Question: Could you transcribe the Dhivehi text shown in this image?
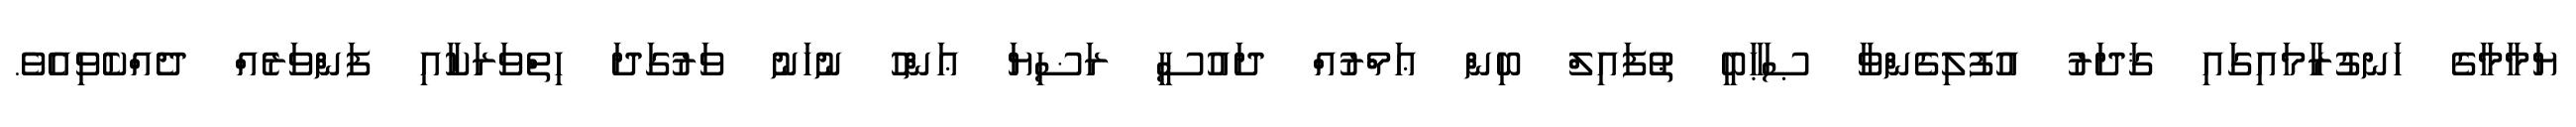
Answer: ޔަމާމާގެ ހަނގުރާމައިގައި ޤަދަރު އުފުލިގެންވާ ޞަޙާބީ ޠުފައިލް ބިން ޢަމްރުއް ދައުސީ ރަޟިޔަ ޢަންހު ނުހަނު ވަރުގަދަ ހިތްވަރަކާއި ފަންވަރެއް ދެއްކެވިއެވެ.